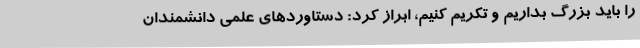
را باید بزرگ بداریم و تکریم کنیم، ابراز کرد: دستاوردهای علمی دانشمندان